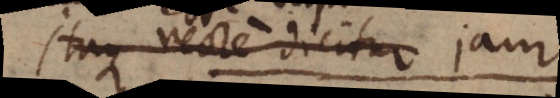
Itaque recte dicitur jam